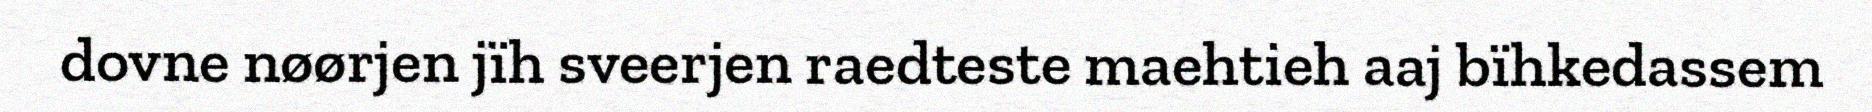
dovne nøørjen jïh sveerjen raedteste maehtieh aaj bïhkedassem